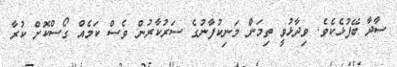
ސާދާ ބޭފުޅެކެވެ. ވިދާޅުވީ ތިމަން މަނިކުފާނުގެ ސަރުކާރުން ވެސް ކަމެއް ގޯސްކޮށް ކުރާ